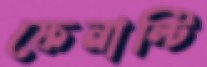
ফেনাল্টি